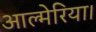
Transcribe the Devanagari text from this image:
आल्मेरिया।